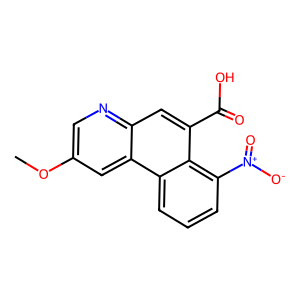
SMILES: COc1cnc2cc(C(=O)O)c3c([N+](=O)[O-])cccc3c2c1
Inhibits HIV replication: No